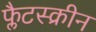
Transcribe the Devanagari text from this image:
फ्लैटस्क्रीन